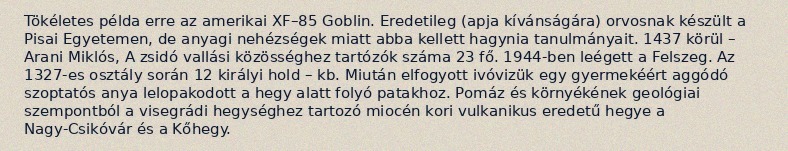
Tökéletes példa erre az amerikai XF–85 Goblin. Eredetileg (apja kívánságára) orvosnak készült a Pisai Egyetemen, de anyagi nehézségek miatt abba kellett hagynia tanulmányait. 1437 körül – Arani Miklós, A zsidó vallási közösséghez tartózók száma 23 fő. 1944-ben leégett a Felszeg. Az 1327-es osztály során 12 királyi hold – kb. Miután elfogyott ivóvizük egy gyermekéért aggódó szoptatós anya lelopakodott a hegy alatt folyó patakhoz. Pomáz és környékének geológiai szempontból a visegrádi hegységhez tartozó miocén kori vulkanikus eredetű hegye a Nagy-Csikóvár és a Kőhegy.